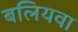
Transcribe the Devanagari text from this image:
बलियवा